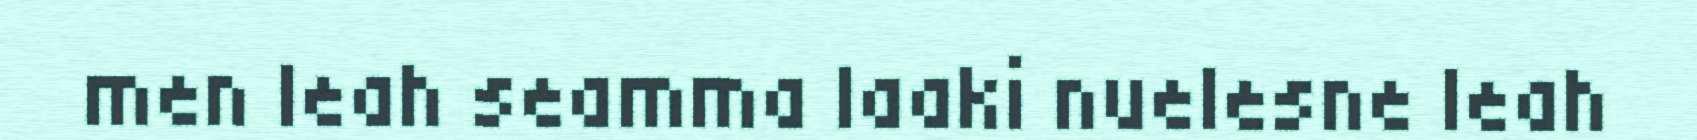
men leah seamma laaki nuelesne leah